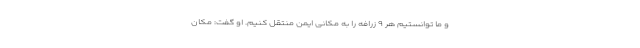
و ما توانستیم هر ۹ زرافه را به مکانی ایمن منتقل کنیم. او گفت: مکان